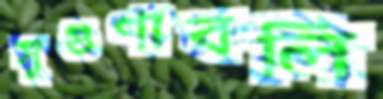
সুগুণাবলি